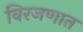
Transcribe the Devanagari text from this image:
विरजणात